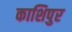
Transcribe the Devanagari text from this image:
काशिपुर